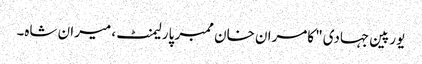
یورپین جہادی" کامران خان ممبر پارلیمنٹ، میران شاہ۔